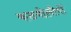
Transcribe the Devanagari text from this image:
कठबोलीयों